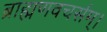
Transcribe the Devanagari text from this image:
ब्राह्मणवचर्सम्।